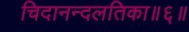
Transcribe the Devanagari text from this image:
चिदानन्दलतिका॥६॥